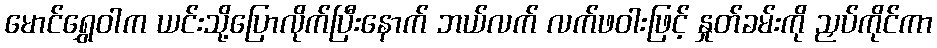
မောင်ရွှေဝါက ယင်းသို့ပြောလိုက်ပြီးနောက် ဘယ်လက် လက်ဖဝါးဖြင့် နှုတ်ခမ်းကို ညှပ်ကိုင်ကာ